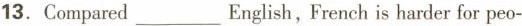
13. Compared ___ English, French is harder for peo-